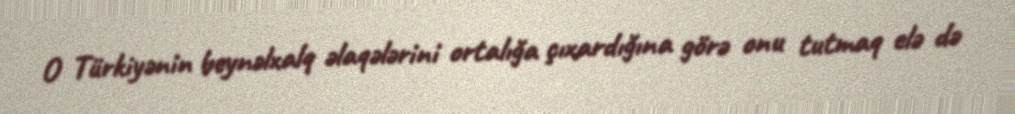
O Türkiyənin beynəlxalq əlaqələrini ortalığa çıxardığına görə onu tutmaq elə də